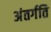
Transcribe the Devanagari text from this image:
अंतर्गति